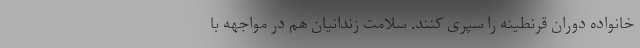
خانواده دوران قرنطینه را سپری کنند. سلامت زندانیان هم در مواجهه با